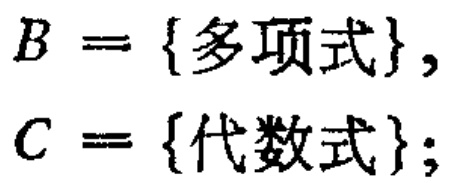
$B = \{多项式\}, \\

C = \{代数式\};$